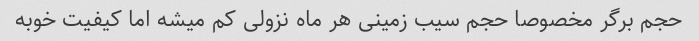
حجم برگر مخصوصا حجم سیب زمینی هر ماه نزولی کم میشه اما کیفیت خوبه